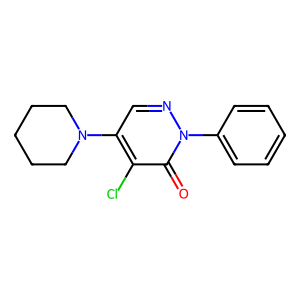
SMILES: O=c1c(Cl)c(N2CCCCC2)cnn1-c1ccccc1
Inhibits HIV replication: No